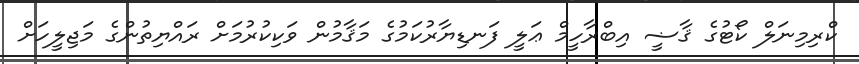
ކްރިމިނަލް ކޯޓުގެ ޤާޟީ އިބްރާހީމް ޢަލީ ފަނޑިޔާރުކަމުގެ މަޤާމުން ވަކިކުރުމަށް ރައްޔިތުންގެ މަޖިލީހަށް